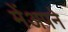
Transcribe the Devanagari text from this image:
मेंअपने